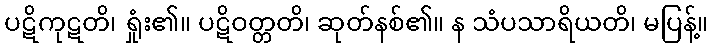
ပဋိကုဋတိ၊ ရှုံး၏။ ပဋိဝတ္တတိ၊ ဆုတ်နစ်၏။ န သံပသာရိယတိ၊ မပြန့်။